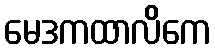
မေဒကထာလိကေ